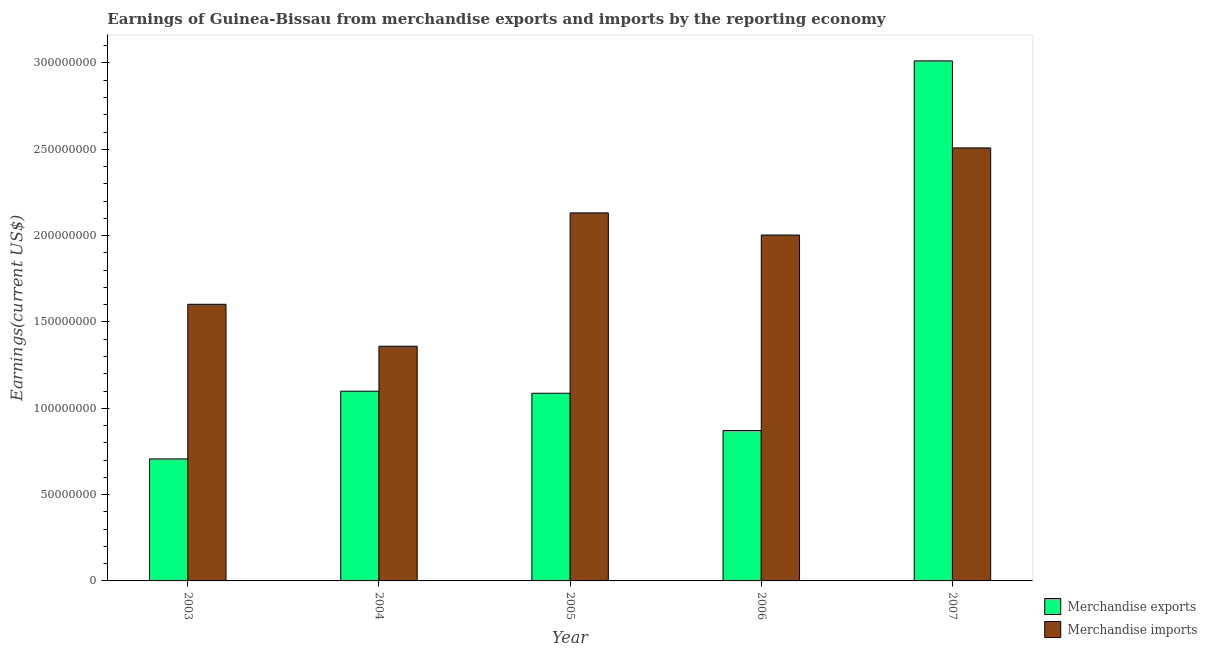
| Year | Merchandise exports | Merchandise imports |
 | --- | --- | --- |
 | 2003 | 7.07e+07 | 1.6e+08 |
 | 2004 | 1.1e+08 | 1.36e+08 |
 | 2005 | 1.09e+08 | 2.13e+08 |
 | 2006 | 8.71e+07 | 2e+08 |
 | 2007 | 3.01e+08 | 2.51e+08 |